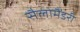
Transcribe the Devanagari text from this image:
सैलामैंडरी